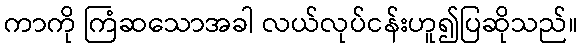
ကာကို ကြံဆသောအခါ လယ်လုပ်ငန်းဟူ၍ပြဆိုသည်။